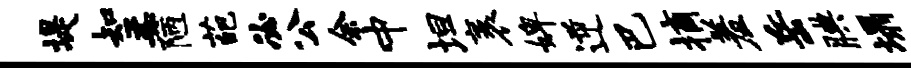
堤知柔陋葩必公余中坦袤婢逆巴摘羞岳腆塌